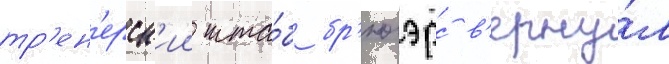
тр'ен'ерск'ии шта́б бр'юэрс в'ерну́л